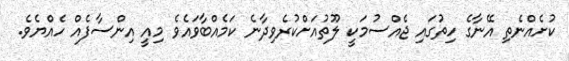
ކުށެއްނެތި އޭނާގެ ހިތުގައި ޖެއްސުމަކީ ލޫތުއަށްކުރެވިދާނެ ކަމެއްބާވައެވެ މިއީ އިންސާފެއް ހެއްޔެވެ.